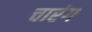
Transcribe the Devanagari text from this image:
चारंग